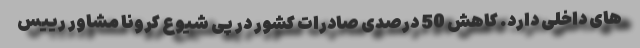
های داخلی دارد. کاهش 50 درصدی صادرات کشور در پی شیوع کرونا مشاور رییس